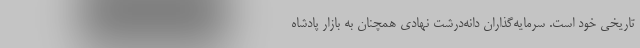
تاریخی خود است. سرمایه‌گذاران دانه‌درشت نهادی همچنان به بازار پادشاه